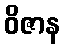
ဝိဇာန